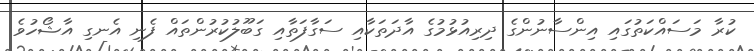
ކުރާ މަސައްކަތުގައި އިންސާނުންގެ ދިރިއުޅުމުގެ އާދަތަކާއި ސަގާފަތާއި ގަބޫލުކުރުންތައް ފެނި އެނގި އާޝޯހުވެ